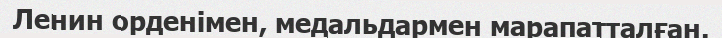
Ленин орденімен, медальдармен марапатталған.